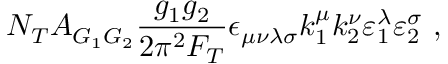
N _ { T } A _ { G _ { 1 } G _ { 2 } } \frac { g _ { 1 } g _ { 2 } } { 2 \pi ^ { 2 } F _ { T } } \epsilon _ { \mu \nu \lambda \sigma } k _ { 1 } ^ { \mu } k _ { 2 } ^ { \nu } \varepsilon _ { 1 } ^ { \lambda } \varepsilon _ { 2 } ^ { \sigma } \ ,